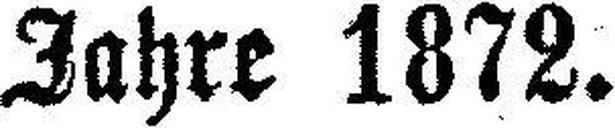
Jahre 1872.